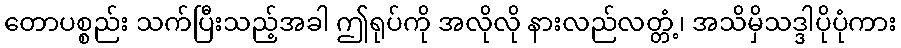
တောပစ္စည်း သက်ပြီးသည့်အခါ ဤရုပ်ကို အလိုလို နားလည်လတ္တံ့၊ အသိမှိသဒ္ဒါပိုပုံကား